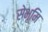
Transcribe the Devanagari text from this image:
सेभूमि